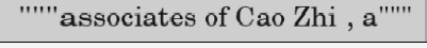
"""associates of Cao Zhi , a"""